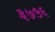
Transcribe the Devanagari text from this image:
३७५६